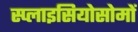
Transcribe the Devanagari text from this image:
स्प्लाइसियोसोमों